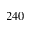
2 4 0